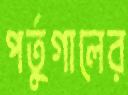
পর্তুগালের